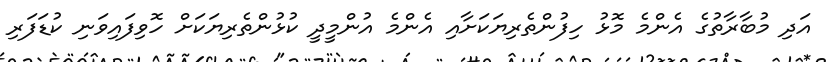
އަދި މުބާރާތުގެ އެންމެ މޮޅު ހިފުންތެރިޔަކަށާއި އެންމެ އުންމީދީ ކުޅުންތެރިޔަކަށް ހޮވިފައިވަނި ކުޑަފަރި